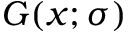
G ( x ; \sigma )